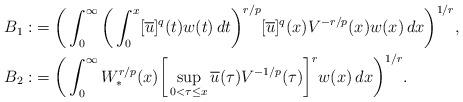
LaTeX: \begin{align*} B_1: & = \bigg(\int_0^{\infty} \bigg(\int_0^x [\overline{u}]^q(t) w(t)\,dt\bigg)^{r / p} [\overline{u}]^q(x) V^{- r / p}(x) w(x)\,dx \bigg)^{1 / r}, \\ B_2: & = \bigg(\int_0^{\infty} W_*^{r / p}(x) \bigg[\sup_{0 < \tau \le x} \overline{u}(\tau)V^{- 1 / p}(\tau)\bigg]^{r} w(x)\,dx \bigg)^{1 / r}. \end{align*}